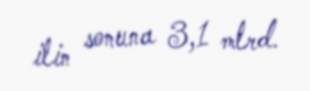
ilin sonuna 3,1 mlrd.